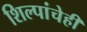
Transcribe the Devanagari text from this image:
शिल्पांचेही